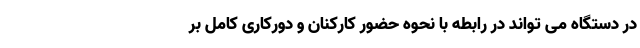
در دستگاه می تواند در رابطه با نحوه حضور کارکنان و دورکاری کامل بر